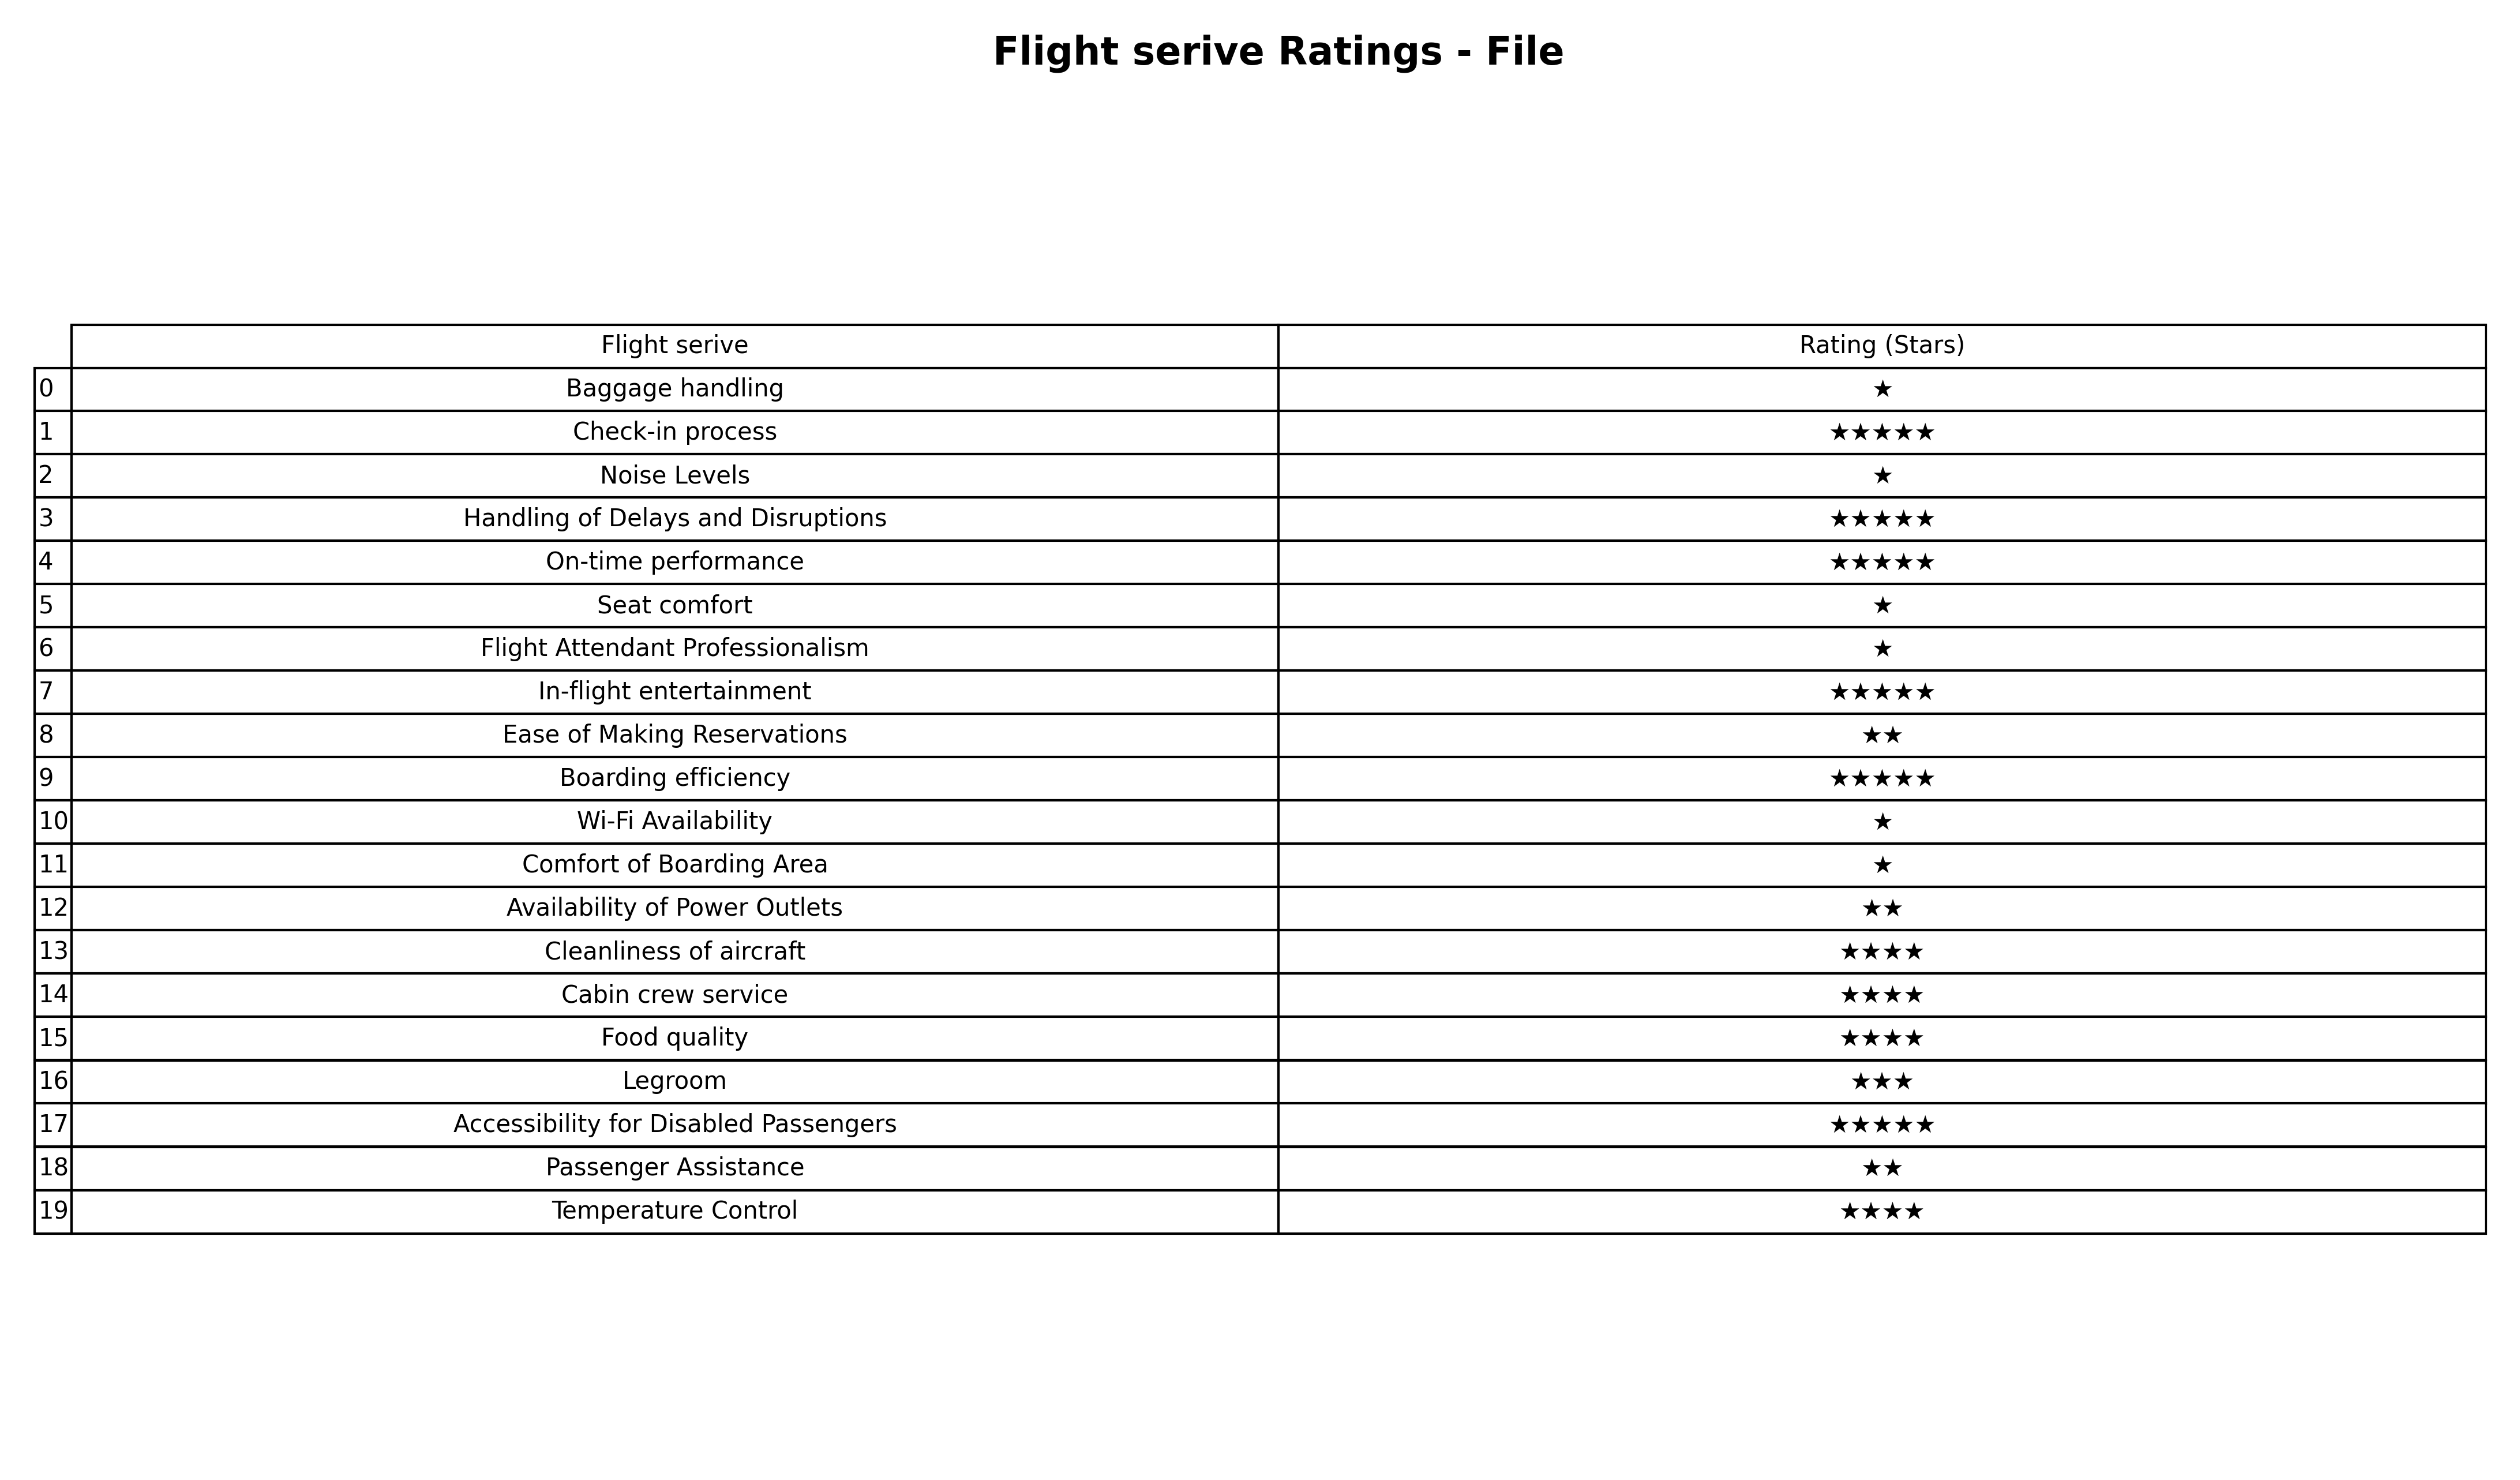
question: What are lowest rating services?
answer: Legroom